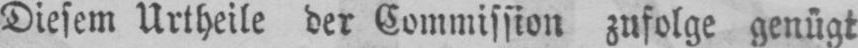
Diesem Urtheile der Commission zufolge genügt